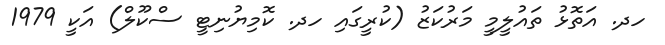
ހދ. އަތޮޅު ތައުލީމީ މަރުކަޒު (ކުރީގައި ހދ. ކޮމިޔުނިޓީ ސްކޫލް) އަކީ 1979